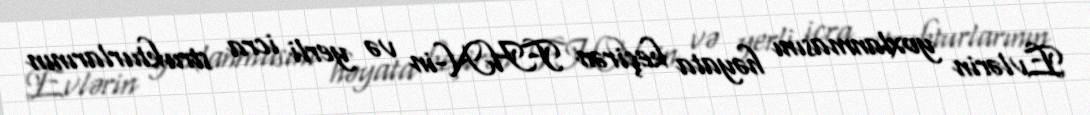
Evlərin yoxlanmasını həyata keçirən FHN-in və yerli icra strukturlarının